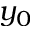
y _ { 0 }